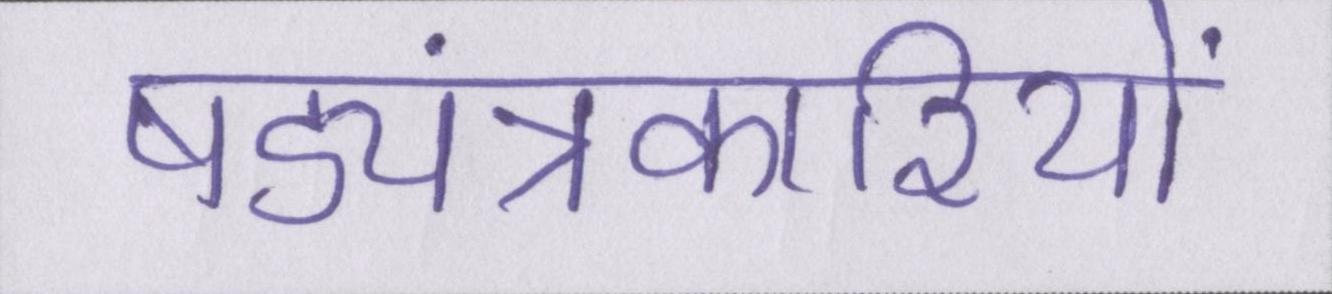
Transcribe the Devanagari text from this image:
षड्यंत्रकारियों